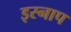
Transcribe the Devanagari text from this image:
इस्नाप